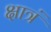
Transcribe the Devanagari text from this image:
क्षात्रं